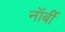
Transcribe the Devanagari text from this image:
नॉर्बी